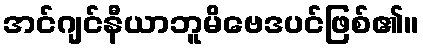
အင်ဂျင်နီယာဘူမိဗေဒပင်ဖြစ်၏။